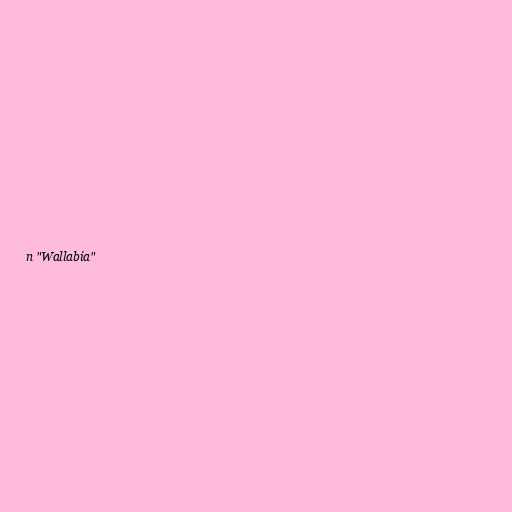
n "Wallabia"